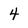
Character: 4